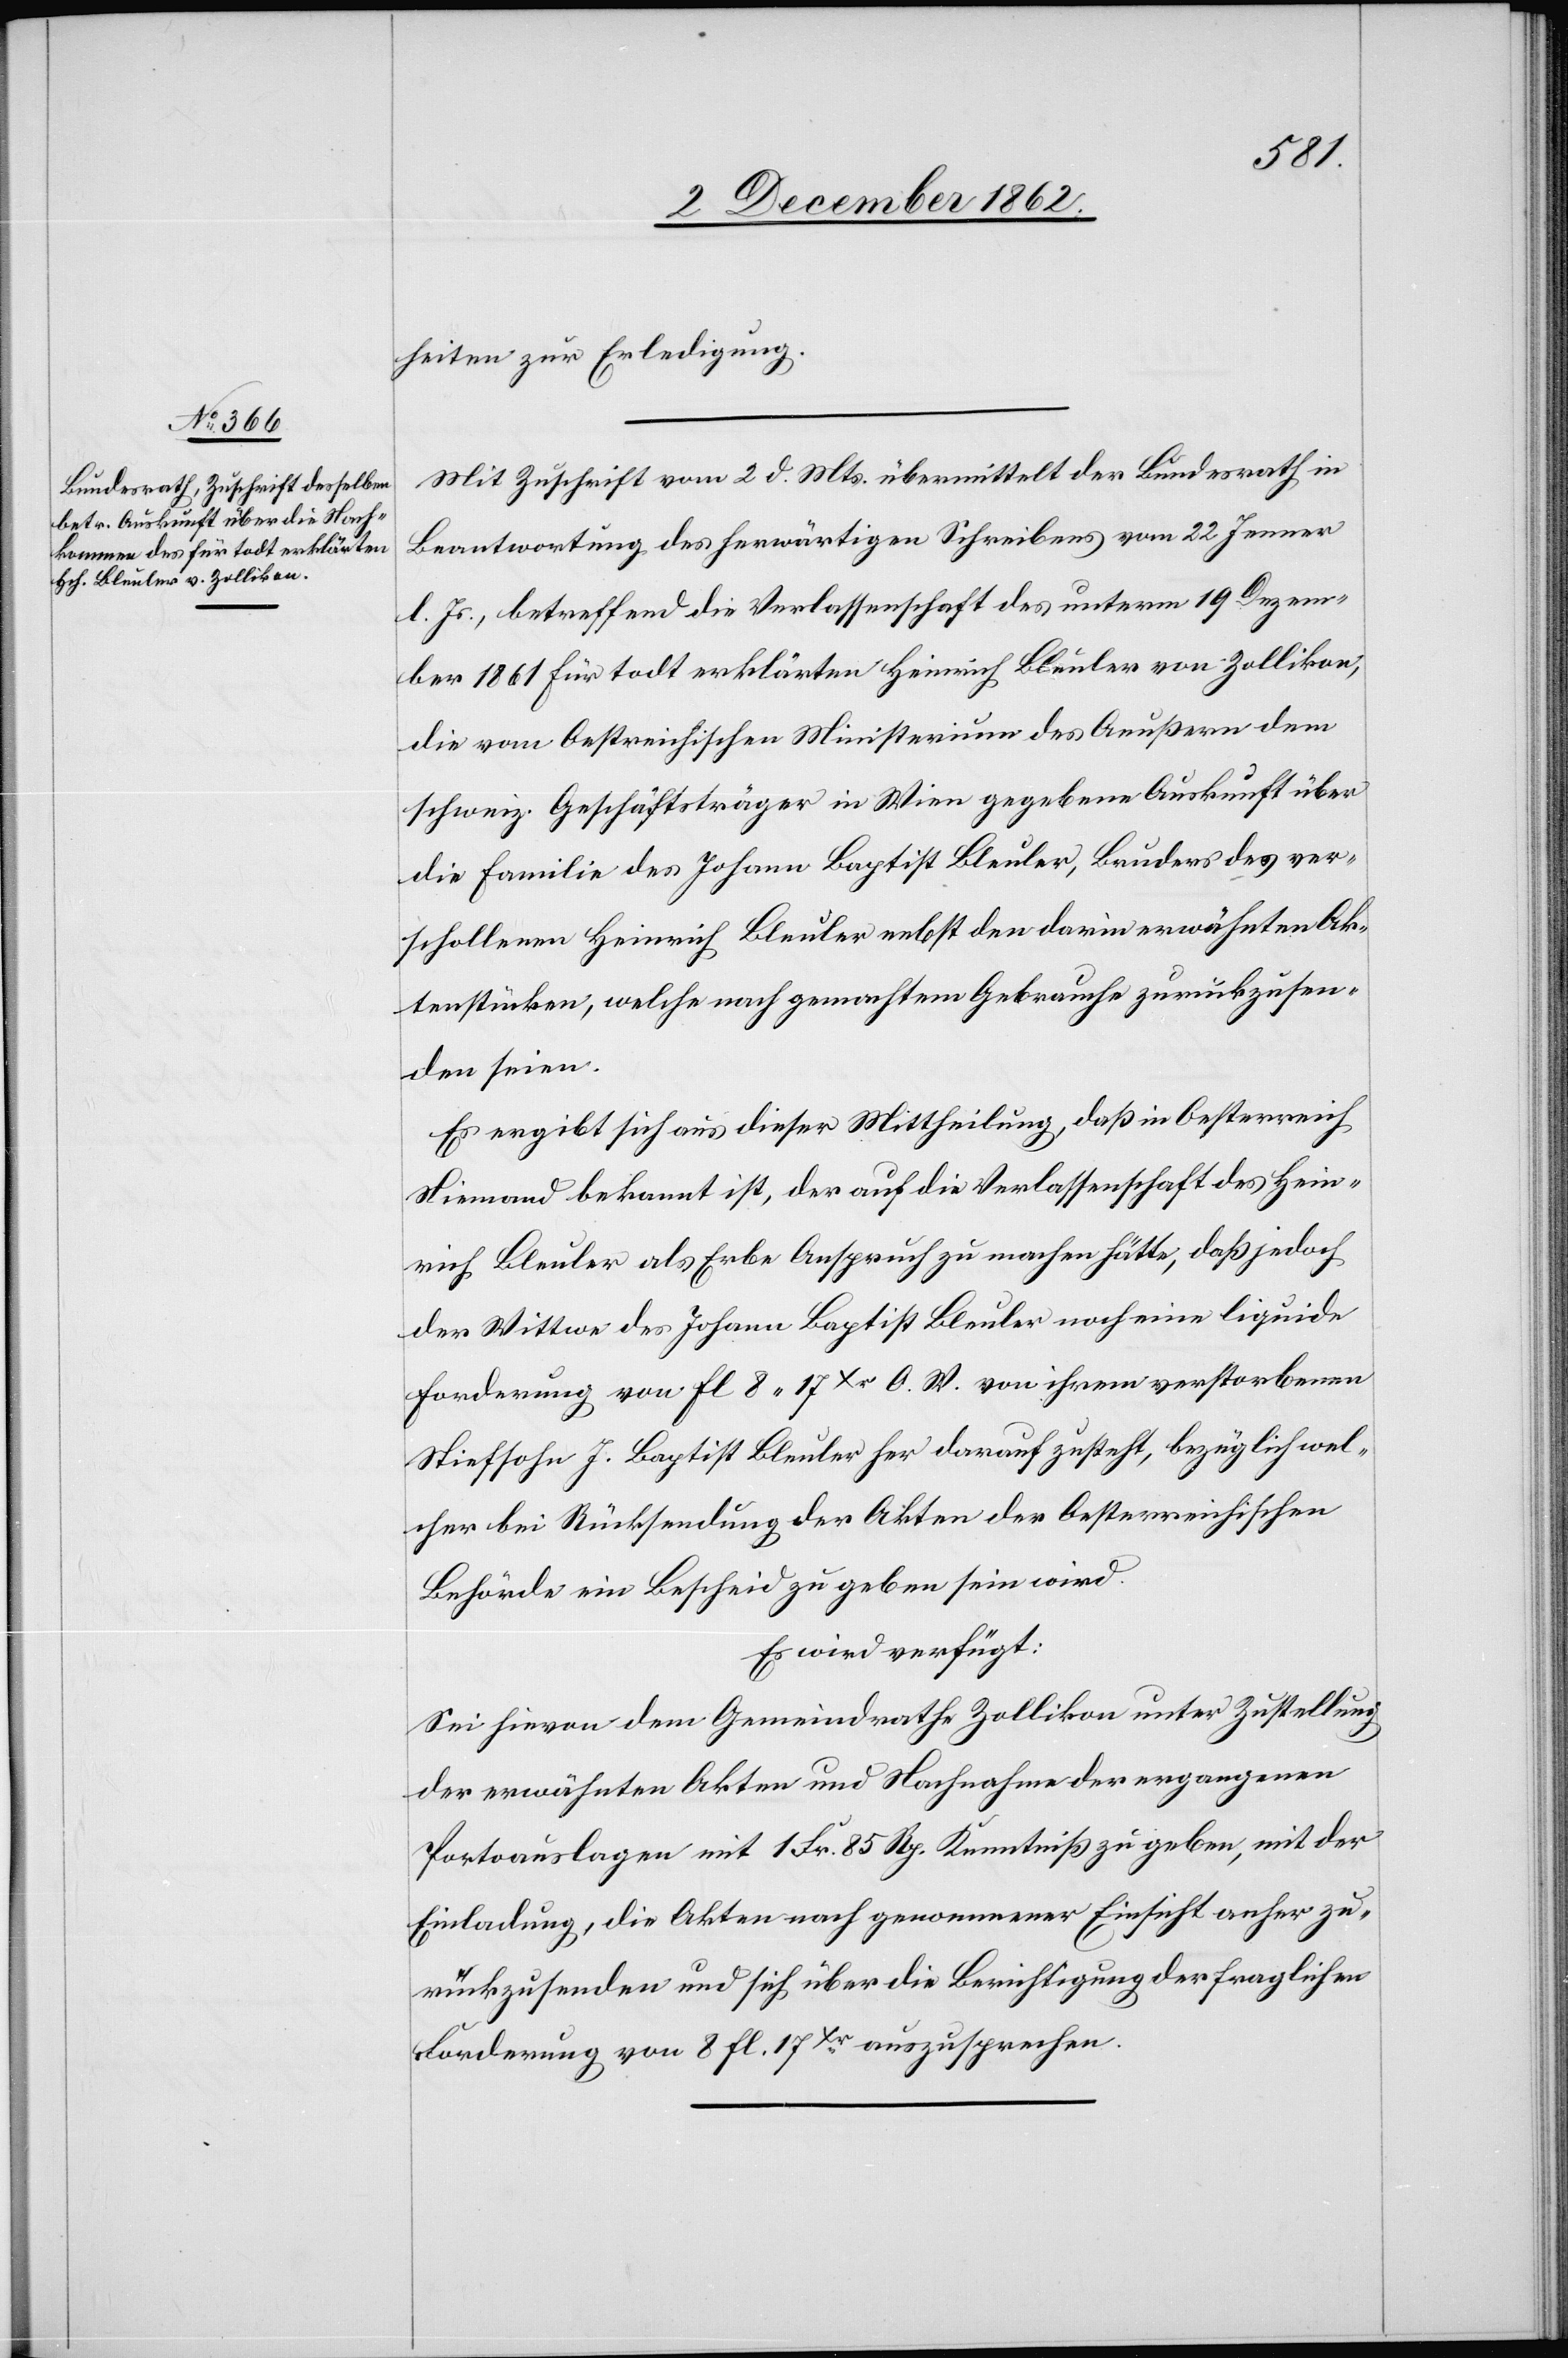
5. December 1862.]
heiten zur Erledigung.
Mit Zuschrift vom 2. d. Mts. übermittelt der Bundesrath in
Beantwortung des herwärtigen Schreibens vom 22. Jenner
l. Js., betreffend die Verlassenschaft des unterm 19. Dezem¬
ber 1861 für todt erklärten Heinrich Bleuler von Zollikon,
die vom Oestreichischen Ministerium des Aeußern dem
schweiz. Geschäftsträger in Wien gegebene Auskunft über
die Familie des Johann Baptist Bleuler, Bruders des ver¬
schollenen Heinrich Bleuler nebst den darin erwähnten Ak¬
tenstücken, welche nach gemachtem Gebrauche zurückzusen¬
den seien.
Es ergibt sich aus dieser Mittheilung, daß in Oesterreich
Niemand bekannt ist, der auf die Verlassenschaft des Hein¬
rich Bleuler als Erbe Anspruch zu machen hätte, daß jedoch
der Wittwe des Johann Baptist Bleuler noch eine liquide
Forderung von fl. 8 17Xr O. W. von ihrem verstorbenen
Stiefsohn J. Baptist Bleuler her darauf zusteht, bezüglich wel¬
cher bei Rücksendung der Akten der Oesterreichischen
Behörde ein Bescheid zu geben sein wird.
Es wird verfügt:
Sei hievon dem Gemeindrathe Zollikon unter Zustellung
der erwähnten Akten und Nachnahme der ergangenen
Portoauslagen mit 1 Fr. 85 Rp. Kenntniß zu geben, mit der
Einladung, die Akten nach genommener Einsicht anher zu¬
rückzusenden und sich über die Berichtigung der fraglichen
Forderung von 8 fl. 17Xr auszusprechen.